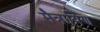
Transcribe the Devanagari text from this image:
मैत्रायिण